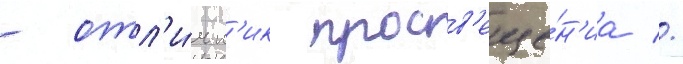
- отл'и́чн'ик просв'еще́н'иа //